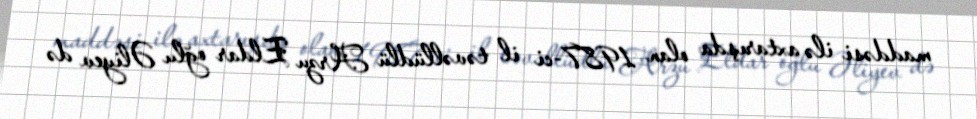
maddəsi ilə axtarışda olan 1987-ci il təvəllüdlü Arzu Eldar oğlu Əliyev də